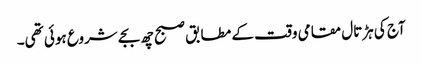
آج کی ہڑتال مقامی وقت کے مطابق صبح چھ بجے شروع ہوئی تھی۔